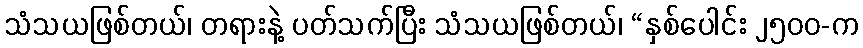
သံသယဖြစ်တယ်၊ တရားနဲ့ ပတ်သက်ပြီး သံသယဖြစ်တယ်၊ “နှစ်ပေါင်း ၂၅၀၀-က